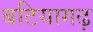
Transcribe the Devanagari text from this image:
बटियागढ़